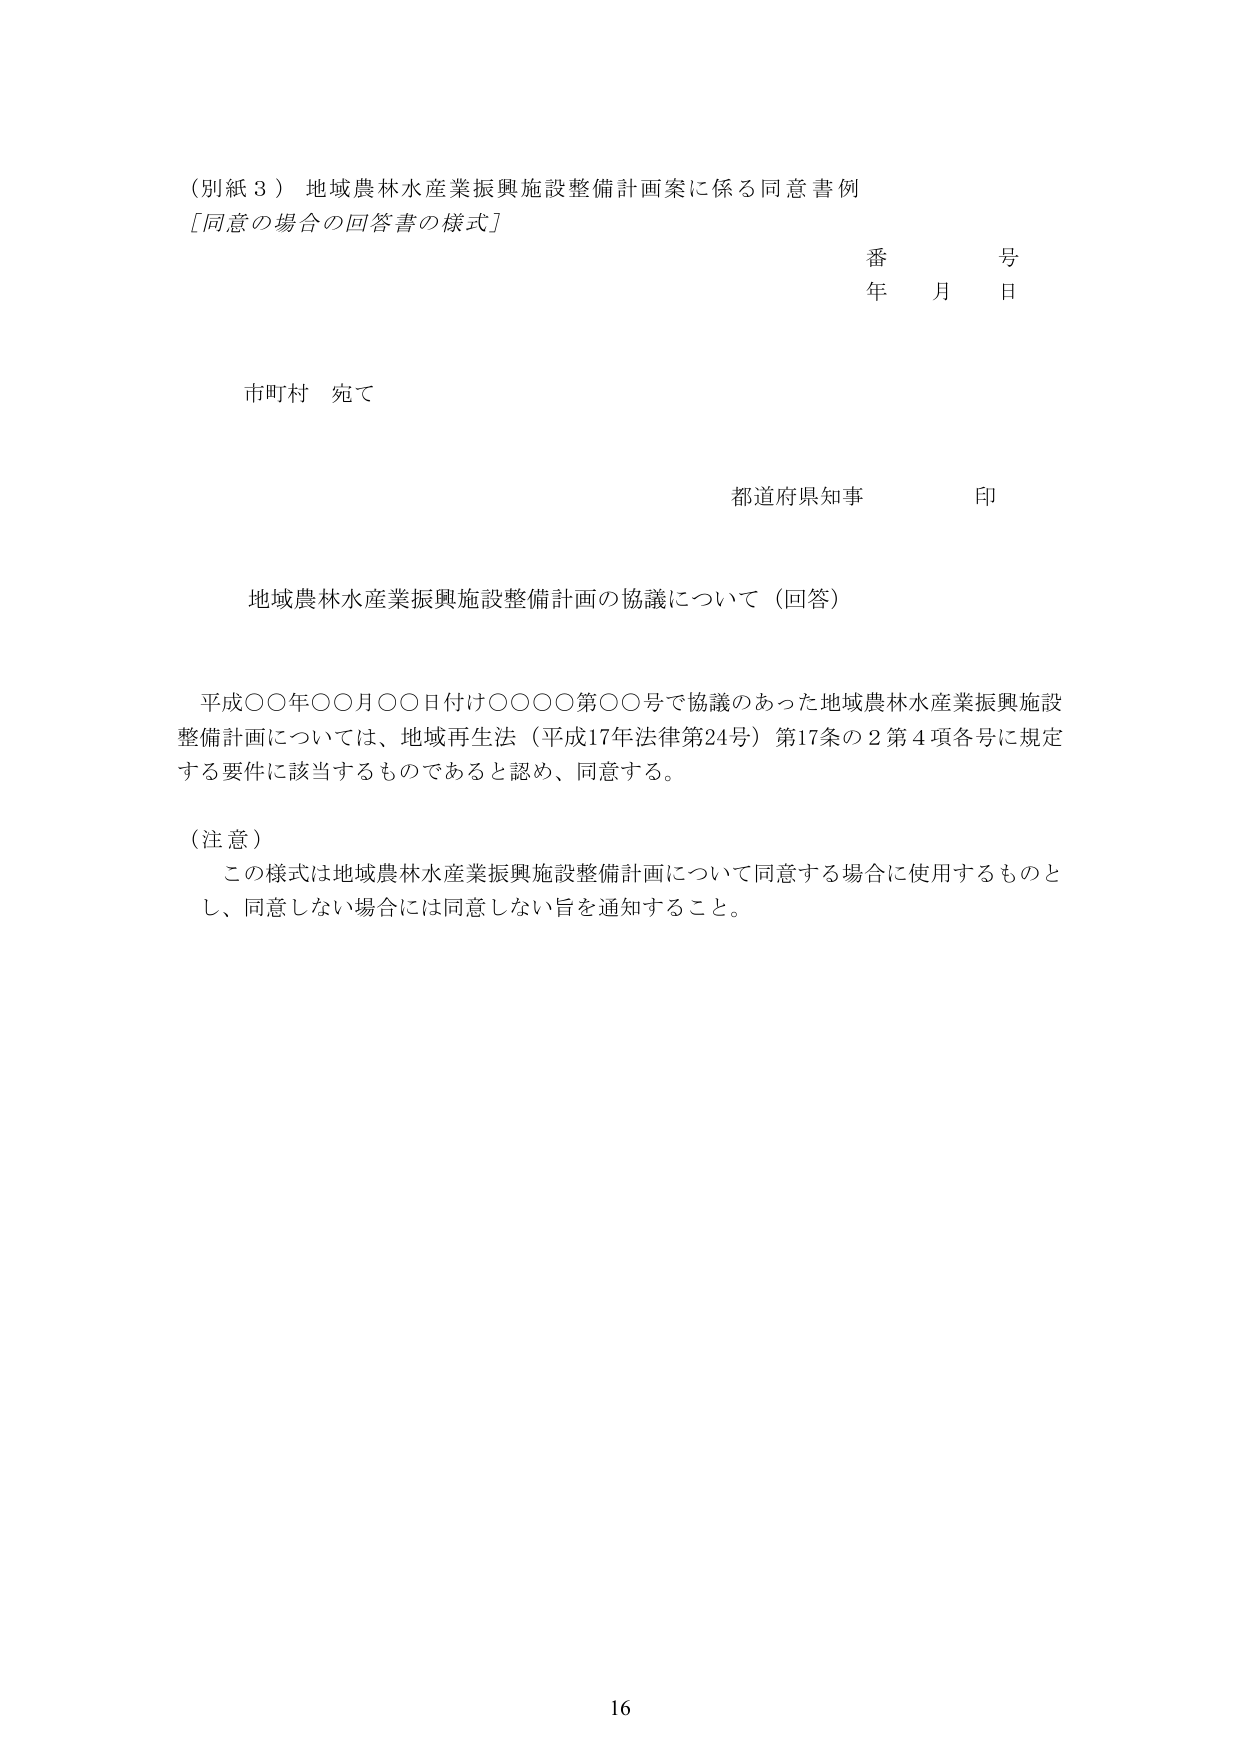
（別紙３）地域農林水産業振興施設整備計画案に係る同意書例
［同意の場合の回答書の様式］

番　　号
年　　月　　日

市町村 宛て

都道府県知事　印

地域農林水産業振興施設整備計画の協議について（回答）

平成〇〇年〇〇月〇〇日付け〇〇〇〇第〇〇号で協議のあった地域農林水産業振興施設整備計画については、地域再生法（平成17年法律第24号）第17条の2第4項各号に規定する要件に該当するものであると認め、同意する。

（注意）
この様式は地域農林水産業振興施設整備計画について同意する場合に使用するものとし、同意しない場合には同意しない旨を通知すること。

16